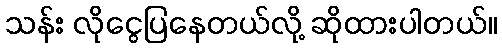
သန်း လိုငွေပြနေတယ်လို့ ဆိုထားပါတယ်။